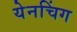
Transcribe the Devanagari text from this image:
येनचिंग